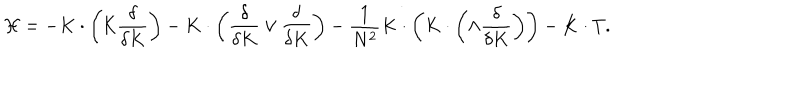
{ \cal H } = - K \cdot \left( { \cal K } \frac { \delta } { \delta K } \right) - K \cdot \left( \frac { \delta } { \delta K } \vee \frac { \delta } { \delta K } \right) - \frac { 1 } { N ^ { 2 } } K \cdot \left( K \cdot \left( \wedge \frac { \delta } { \delta K } \right) \right) - K \cdot T .